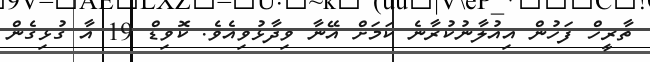
ތާރީހް ފަހުން އިއުލާނުކުރާނެ ކަމަށް އޭނާ ވިދާޅުވިއެވެ. ކޮވިޑް 19 އާ ގުޅިގެން